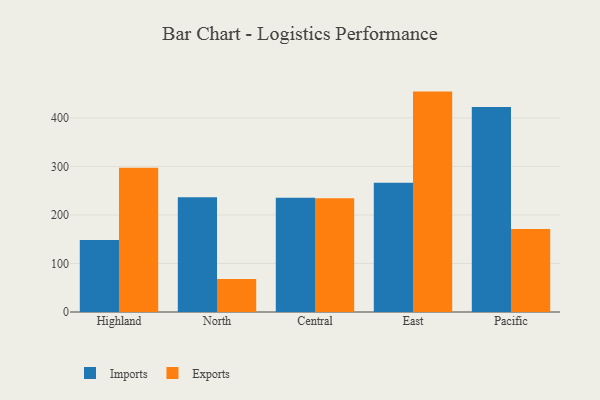
{"axis": {"x": "Region", "y": "Gross Profit (USD K)"}, "legend": ["Exports", "Imports"], "data": [{"x": "Highland", "y": 148.6, "type": "Imports"}, {"x": "Highland", "y": 297.2, "type": "Exports"}, {"x": "North", "y": 236.3, "type": "Imports"}, {"x": "North", "y": 68.2, "type": "Exports"}, {"x": "Central", "y": 235.5, "type": "Imports"}, {"x": "Central", "y": 234.3, "type": "Exports"}, {"x": "East", "y": 266.2, "type": "Imports"}, {"x": "East", "y": 454.2, "type": "Exports"}, {"x": "Pacific", "y": 422.3, "type": "Imports"}, {"x": "Pacific", "y": 171.3, "type": "Exports"}]}